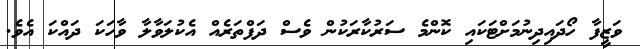
ވަޒީފާ ހޯދައިދިނުމަށްޓަކައި ކޮންމެ ސަރުކާރަކުން ވެސް ދަފްތަރެއް އެކުލަވާލާ ވާހަކަ ދައްކަ އެވެ.